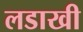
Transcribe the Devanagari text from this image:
लडाखी